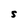
Character: S